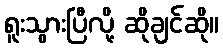
ရူးသွားပြီလို့ ဆိုချင်ဆို။